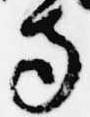
寺